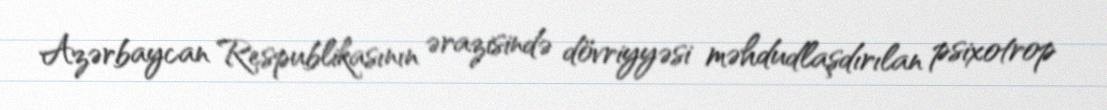
Azərbaycan Respublikasının ərazisində dövriyyəsi məhdudlaşdırılan psixotrop